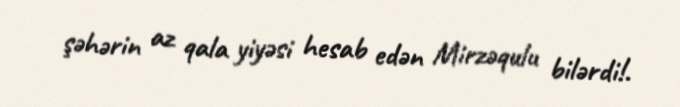
şəhərin az qala yiyəsi hesab edən Mirzəqulu bilərdi!.